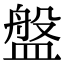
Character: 盤